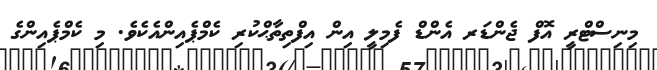
މިނިސްޓްރީ އޮފް ޖެންޑަރ އެންޑް ފެމިލީ އިން އިފްތިތާޙްކުރި ކެމްޕެއިންއެކެވެ. މި ކެމްޕެއިންގެ